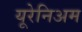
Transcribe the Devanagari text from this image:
यूरेनिअम